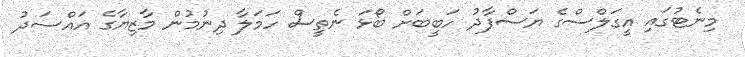
މިނެޓުގައި އީގަލްސްގެ ޔަސްފާދު ހަބީބަށް ބޯޅަ ނެތީސް ހަމަލާ ދިނުމުން މާޒިޔާގެ އައްސަދު